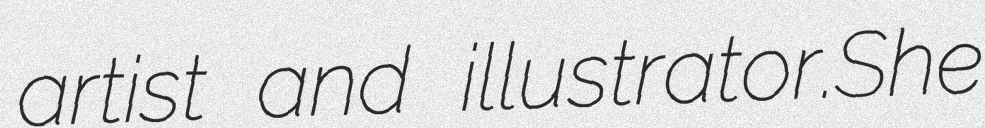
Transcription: artist and illustrator.She